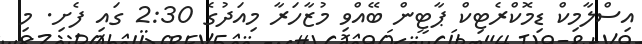
އިސްލާމިކް ޑިމޮކްރެޓިކް ޕާޓީން ބޭއްވި މުޒާހަރާ މިއަދުގެ 2:30 ގައި ފެށި. މި